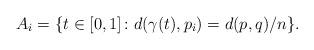
LaTeX: \begin{align*}A_i = \{t\in [0,1] \colon d(\gamma(t), p_i) = d(p,q)/n\}.\end{align*}